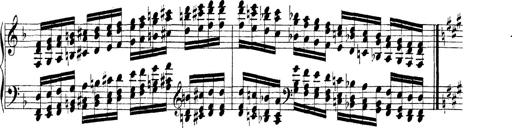
Title: Technische Studien
Composer: Franz Liszt